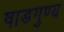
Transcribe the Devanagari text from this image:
षाडगुण्य